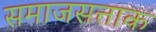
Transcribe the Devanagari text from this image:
समाजसत्ताक